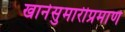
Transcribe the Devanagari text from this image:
खानेसुमारीप्रमाणे